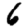
Digit: 6